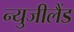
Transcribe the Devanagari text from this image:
न्युजीलैंड